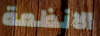
الانظمة